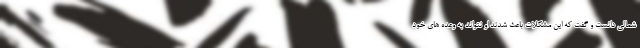
شمالی دانست و گفت که این مشکلات باعث شدند او نتواند به وعده های خود